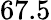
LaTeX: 67.5